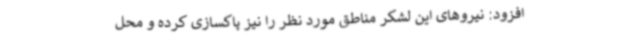
افزود: نیروهای این لشکر مناطق مورد نظر را نیز پاکسازی کرده و محل